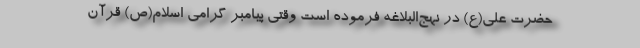
حضرت علی(ع) در نهج‌البلاغه فرموده است وقتی پیامبر گرامی اسلام(ص) قرآن